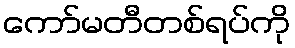
ကော်မတီတစ်ရပ်ကို